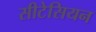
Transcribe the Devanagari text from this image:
सीटेसियन